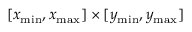
[ x _ { \mathrm { m i n } } , x _ { \mathrm { m a x } } ] \times [ y _ { \mathrm { m i n } } , y _ { \mathrm { m a x } } ]